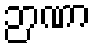
ဉာဏာ